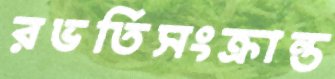
রভর্তিসংক্রান্ত